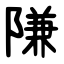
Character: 隒